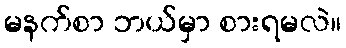
မနက်စာ ဘယ်မှာ စားရမလဲ။